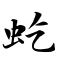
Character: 虼